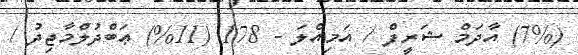
(7%) އާދަމް ޝަރީފް / އަމިއްލަ - 178 (11%) ޢަބްދުލްމާޖިދު /